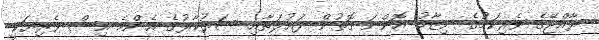
ރާއްޖޭގެ ވެރިކަމުގެ ނިޒާމު އޮންނަ ގޮތުން ދައުލަތާއި ސަރުކާރުގެ އެންމެ އިސް ވެރިޔަކީ